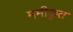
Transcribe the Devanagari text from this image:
ममीकृत